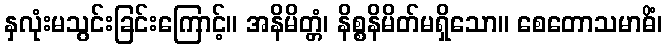
နှလုံးမသွင်းခြင်းကြောင့်။ အနိမိတ္တံ၊ နိစ္စနိမိတ်မရှိသော။ စေတောသမာဓိံ၊